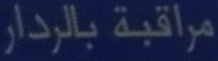
مراقبة بالرادار